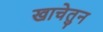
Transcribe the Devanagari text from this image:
खाचेतुन